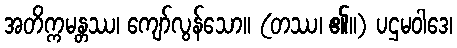
အတိက္ကမန္တဿ၊ ကျော်လွန်သော။ (တဿ၊ ၏။) ပဌမဝါဒေ၊